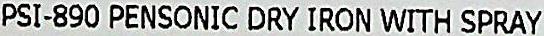
PSI-890 PENSONIC DRY IRON WITH SPRAY